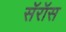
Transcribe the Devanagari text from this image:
सॅरॉस